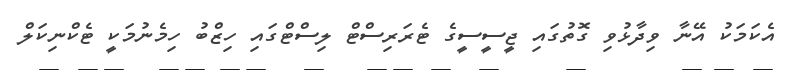
އެކަމަކު އޭނާ ވިދާޅުވި ގޮތުގައި ޖީސީސީގެ ޓެރަރިސްޓް ލިސްޓްގައި ހިޒްބު ހިމެނުމަކީ ޓެކްނިކަލް